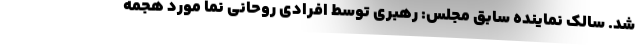
شد. سالک نماینده سابق مجلس: رهبری توسط افرادی روحانی نما مورد هجمه